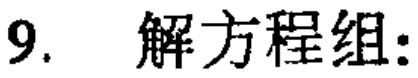
9. 解方程组: